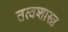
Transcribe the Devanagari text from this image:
तत्वशास्त्र